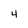
Character: 4